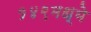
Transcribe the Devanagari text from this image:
१४९मध्ये